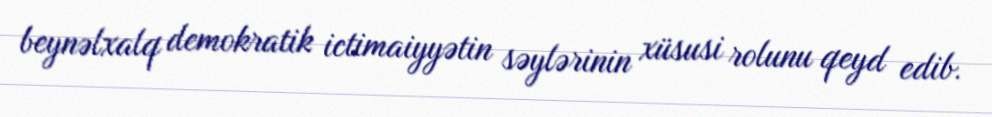
beynəlxalq demokratik ictimaiyyətin səylərinin xüsusi rolunu qeyd edib.